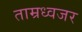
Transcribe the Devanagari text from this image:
ताम्रध्वजर